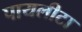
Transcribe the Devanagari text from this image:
पायलीटा